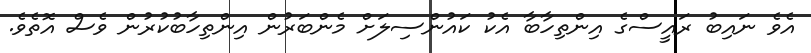
އެވެ ނައިބު ރައީސްގެ އިންތިހާބާ އެކު ކައުންސިލަށް މެންބަރުން އިންތިހާބުކުރުން ވެސް އޮތެވެ.